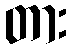
တား